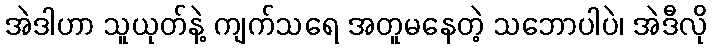
အဲဒါဟာ သူယုတ်နဲ့ ကျက်သရေ အတူမနေတဲ့ သဘောပါပဲ၊ အဲဒီလို